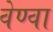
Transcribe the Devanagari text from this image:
वेण्वा